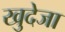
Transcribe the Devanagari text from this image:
खुदेजा